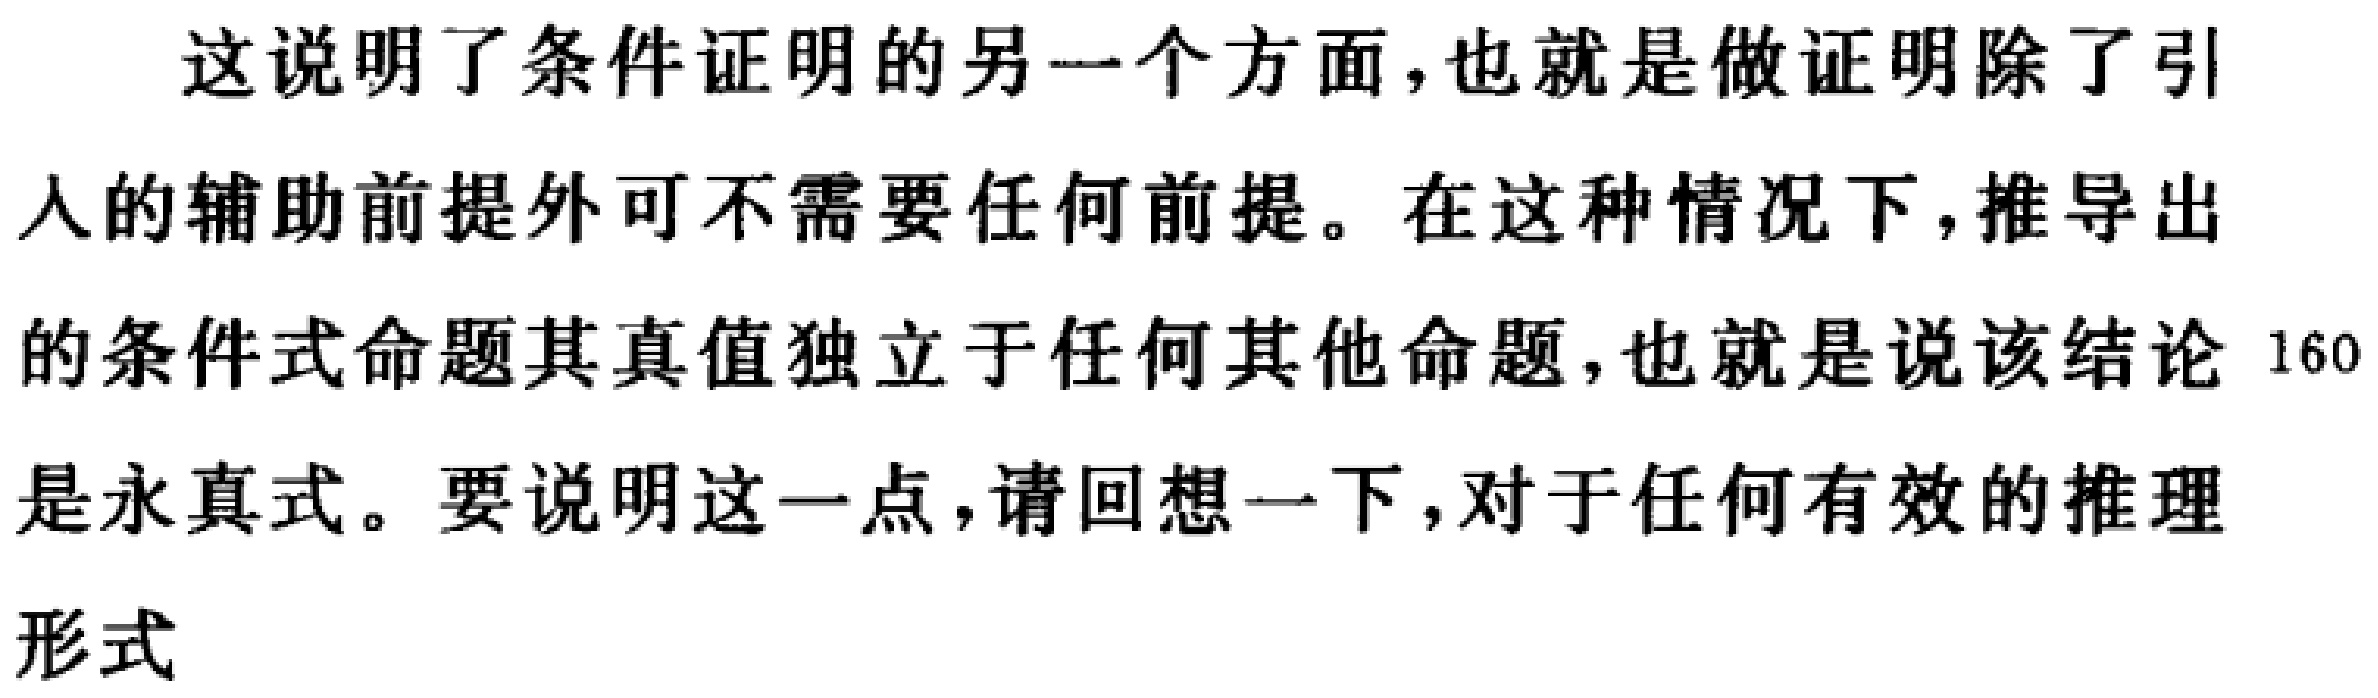
这说明了条件证明的另一个方面，也就是做证明除了引入的辅助前提外可不需要任何前提。在这种情况下，推导出的条件式命题其真值独立于任何其他命题，也就是说该结论 160是永真式。要说明这一点，请回想一下，对于任何有效的推理形式